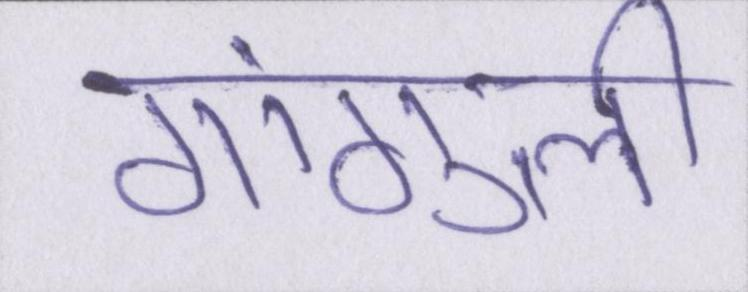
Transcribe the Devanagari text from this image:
गांगुली